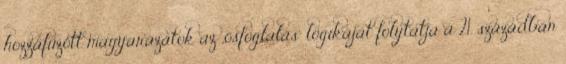
hozzáfűzött magyarázatok az „ősfoglalás” logikáját folytatja a 21. században